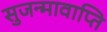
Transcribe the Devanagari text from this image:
सुजन्मावाप्ति